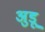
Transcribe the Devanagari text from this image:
अुडू